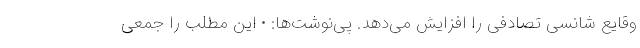
وقایع شانسی تصادفی را افزایش می‌دهد. پی‌نوشت‌ها: • این مطلب را جمعی